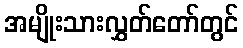
အမျိုးသားလွှတ်တော်တွင်